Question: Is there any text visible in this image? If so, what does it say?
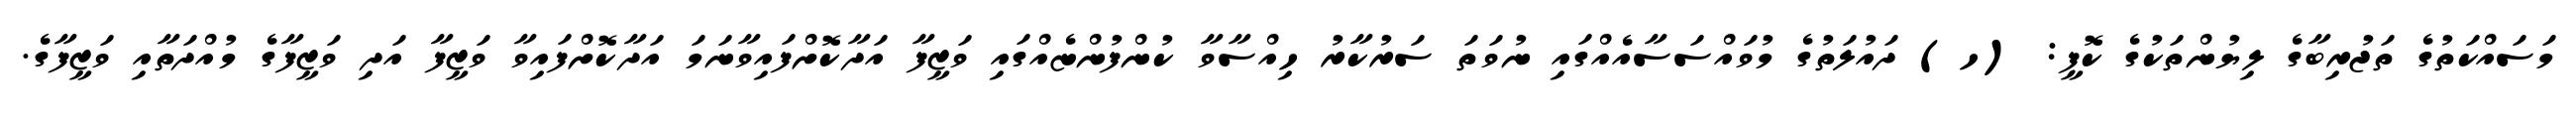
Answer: މަސައްކަތުގެ ތަޖުރިބާގެ ލިޔުންތަކުގެ ކޮޕީ: (ހ) ދައުލަތުގެ މުވައްސަސާއެއްގައި ނުވަތަ ސަރުކާރު ހިއްސާވާ ކުންފުންޏެއްގައި ވަޒީފާ އަދާކޮށްފައިވާނަމަ އަދާކޮށްފައިވާ ވަޒީފާ އަދި ވަޒީފާގެ މުއްދަތާއި ވަޒީފާގެ.